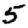
Digit: 5